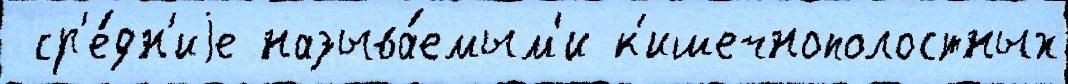
 ср'е́дн'иjе называ́емым'и к'ишечнополостных